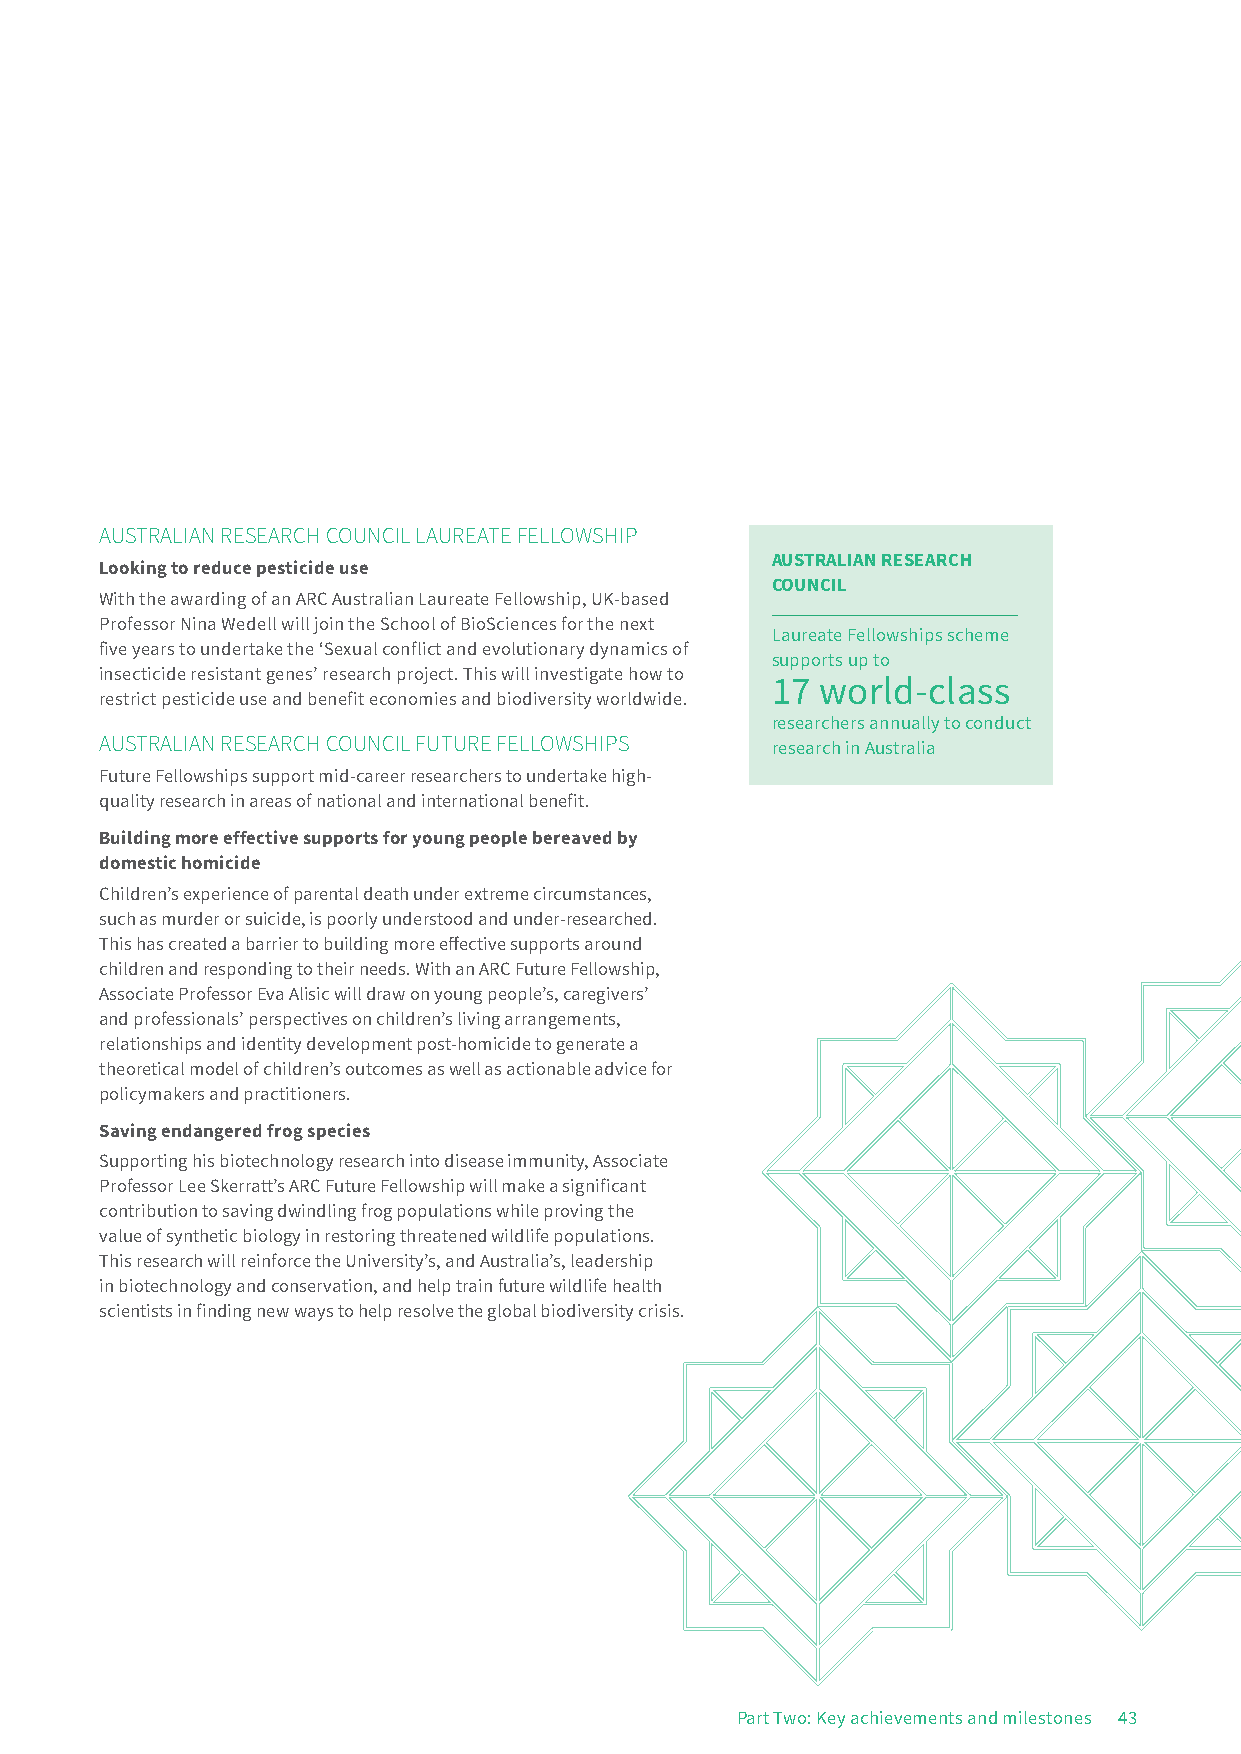
AUSTRALIAN RESEARCH COUNCIL LAUREATE FELLOWSHIP
 AUSTRALIAN RESEARCH
 Looking to reduce pesticide use
 COUNCIL
 With the awarding of an ARC Australian Laureate Fellowship, UK-based
 Professor Nina Wedell will join the School of BioSciences for the next
 Laureate Fellowships scheme
 five years to undertake the ‘Sexual conflict and evolutionary dynamics of
 supports up to
 insecticide resistant genes’ research project. This will investigate how to
 17 world-class
 restrict pesticide use and benefit economies and biodiversity worldwide.
 researchers annually to conduct
 AUSTRALIAN RESEARCH COUNCIL FUTURE FELLOWSHIPS
 research in Australia
 Future Fellowships support mid-career researchers to undertake high-
 quality research in areas of national and international benefit.
 Building more effective supports for young people bereaved by
 domestic homicide
 Children’s experience of parental death under extreme circumstances,
 such as murder or suicide, is poorly understood and under-researched.
 This has created a barrier to building more effective supports around
 children and responding to their needs. With an ARC Future Fellowship,
 Associate Professor Eva Alisic will draw on young people’s, caregivers’
 and professionals’ perspectives on children’s living arrangements,
 relationships and identity development post-homicide to generate a
 theoretical model of children’s outcomes as well as actionable advice for
 policymakers and practitioners.
 Saving endangered frog species
 Supporting his biotechnology research into disease immunity, Associate
 Professor Lee Skerratt’s ARC Future Fellowship will make a significant
 contribution to saving dwindling frog populations while proving the
 value of synthetic biology in restoring threatened wildlife populations.
 This research will reinforce the University’s, and Australia’s, leadership
 in biotechnology and conservation, and help train future wildlife health
 scientists in finding new ways to help resolve the global biodiversity crisis.
 Part Two: Key achievements and milestones 43